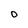
Character: 0